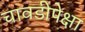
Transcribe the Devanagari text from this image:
चावडीपेक्षा